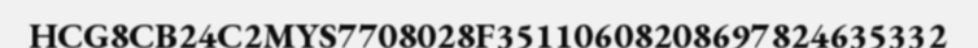
HCG8CB24C2MYS7708028F35110608208697824635332